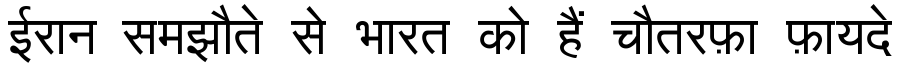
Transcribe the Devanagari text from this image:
ईरान समझौते से भारत को हैं चौतरफ़ा फ़ायदे